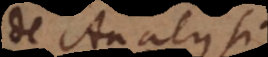
de Analysi